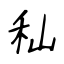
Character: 秈